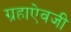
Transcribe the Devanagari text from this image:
ग्रहाऐवजी